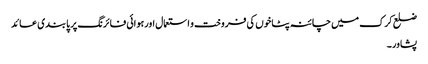
ضلع کرک میں چائنہ پٹاخوں کی فروخت و استعمال اورہوائی فائرنگ پر پابندی عائد
پشاور۔